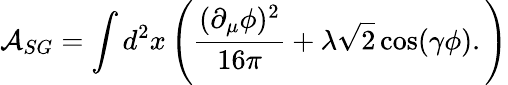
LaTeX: \mathcal{A}_{SG}=\int d^{2}x\left(\frac{(\partial_{\mu}\phi)^{2}}{16\pi}+\lambda\sqrt{2}\cos(\gamma\phi).\right)